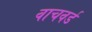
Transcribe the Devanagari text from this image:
वाचवर्ड